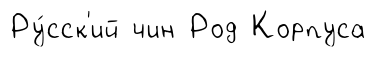
Ру́сск'ий чин Род Корпуса